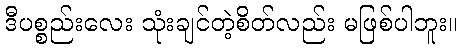
ဒီပစ္စည်းလေး သုံးချင်တဲ့စိတ်လည်း မဖြစ်ပါဘူး။